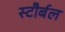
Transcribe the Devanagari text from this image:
स्टौर्बल